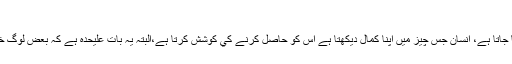
1. عقلي علت :
انسان كمال كا عاشق ہوتا ہے، اور يہ عشق تمام انسانوں ميں ہميشہ پايا جاتا ہے، انسان جس چيز ميں اپنا كمال ديكھتا ہے اس كو حاصل كرنے كي كوشش كرتا ہے،البتہ يہ بات عليحدہ ہے كہ بعض لوگ خيالي اور بےہودہ چيزوں ہي كو كمال اور حقيقت تصور كربيٹھتے ہيں۔